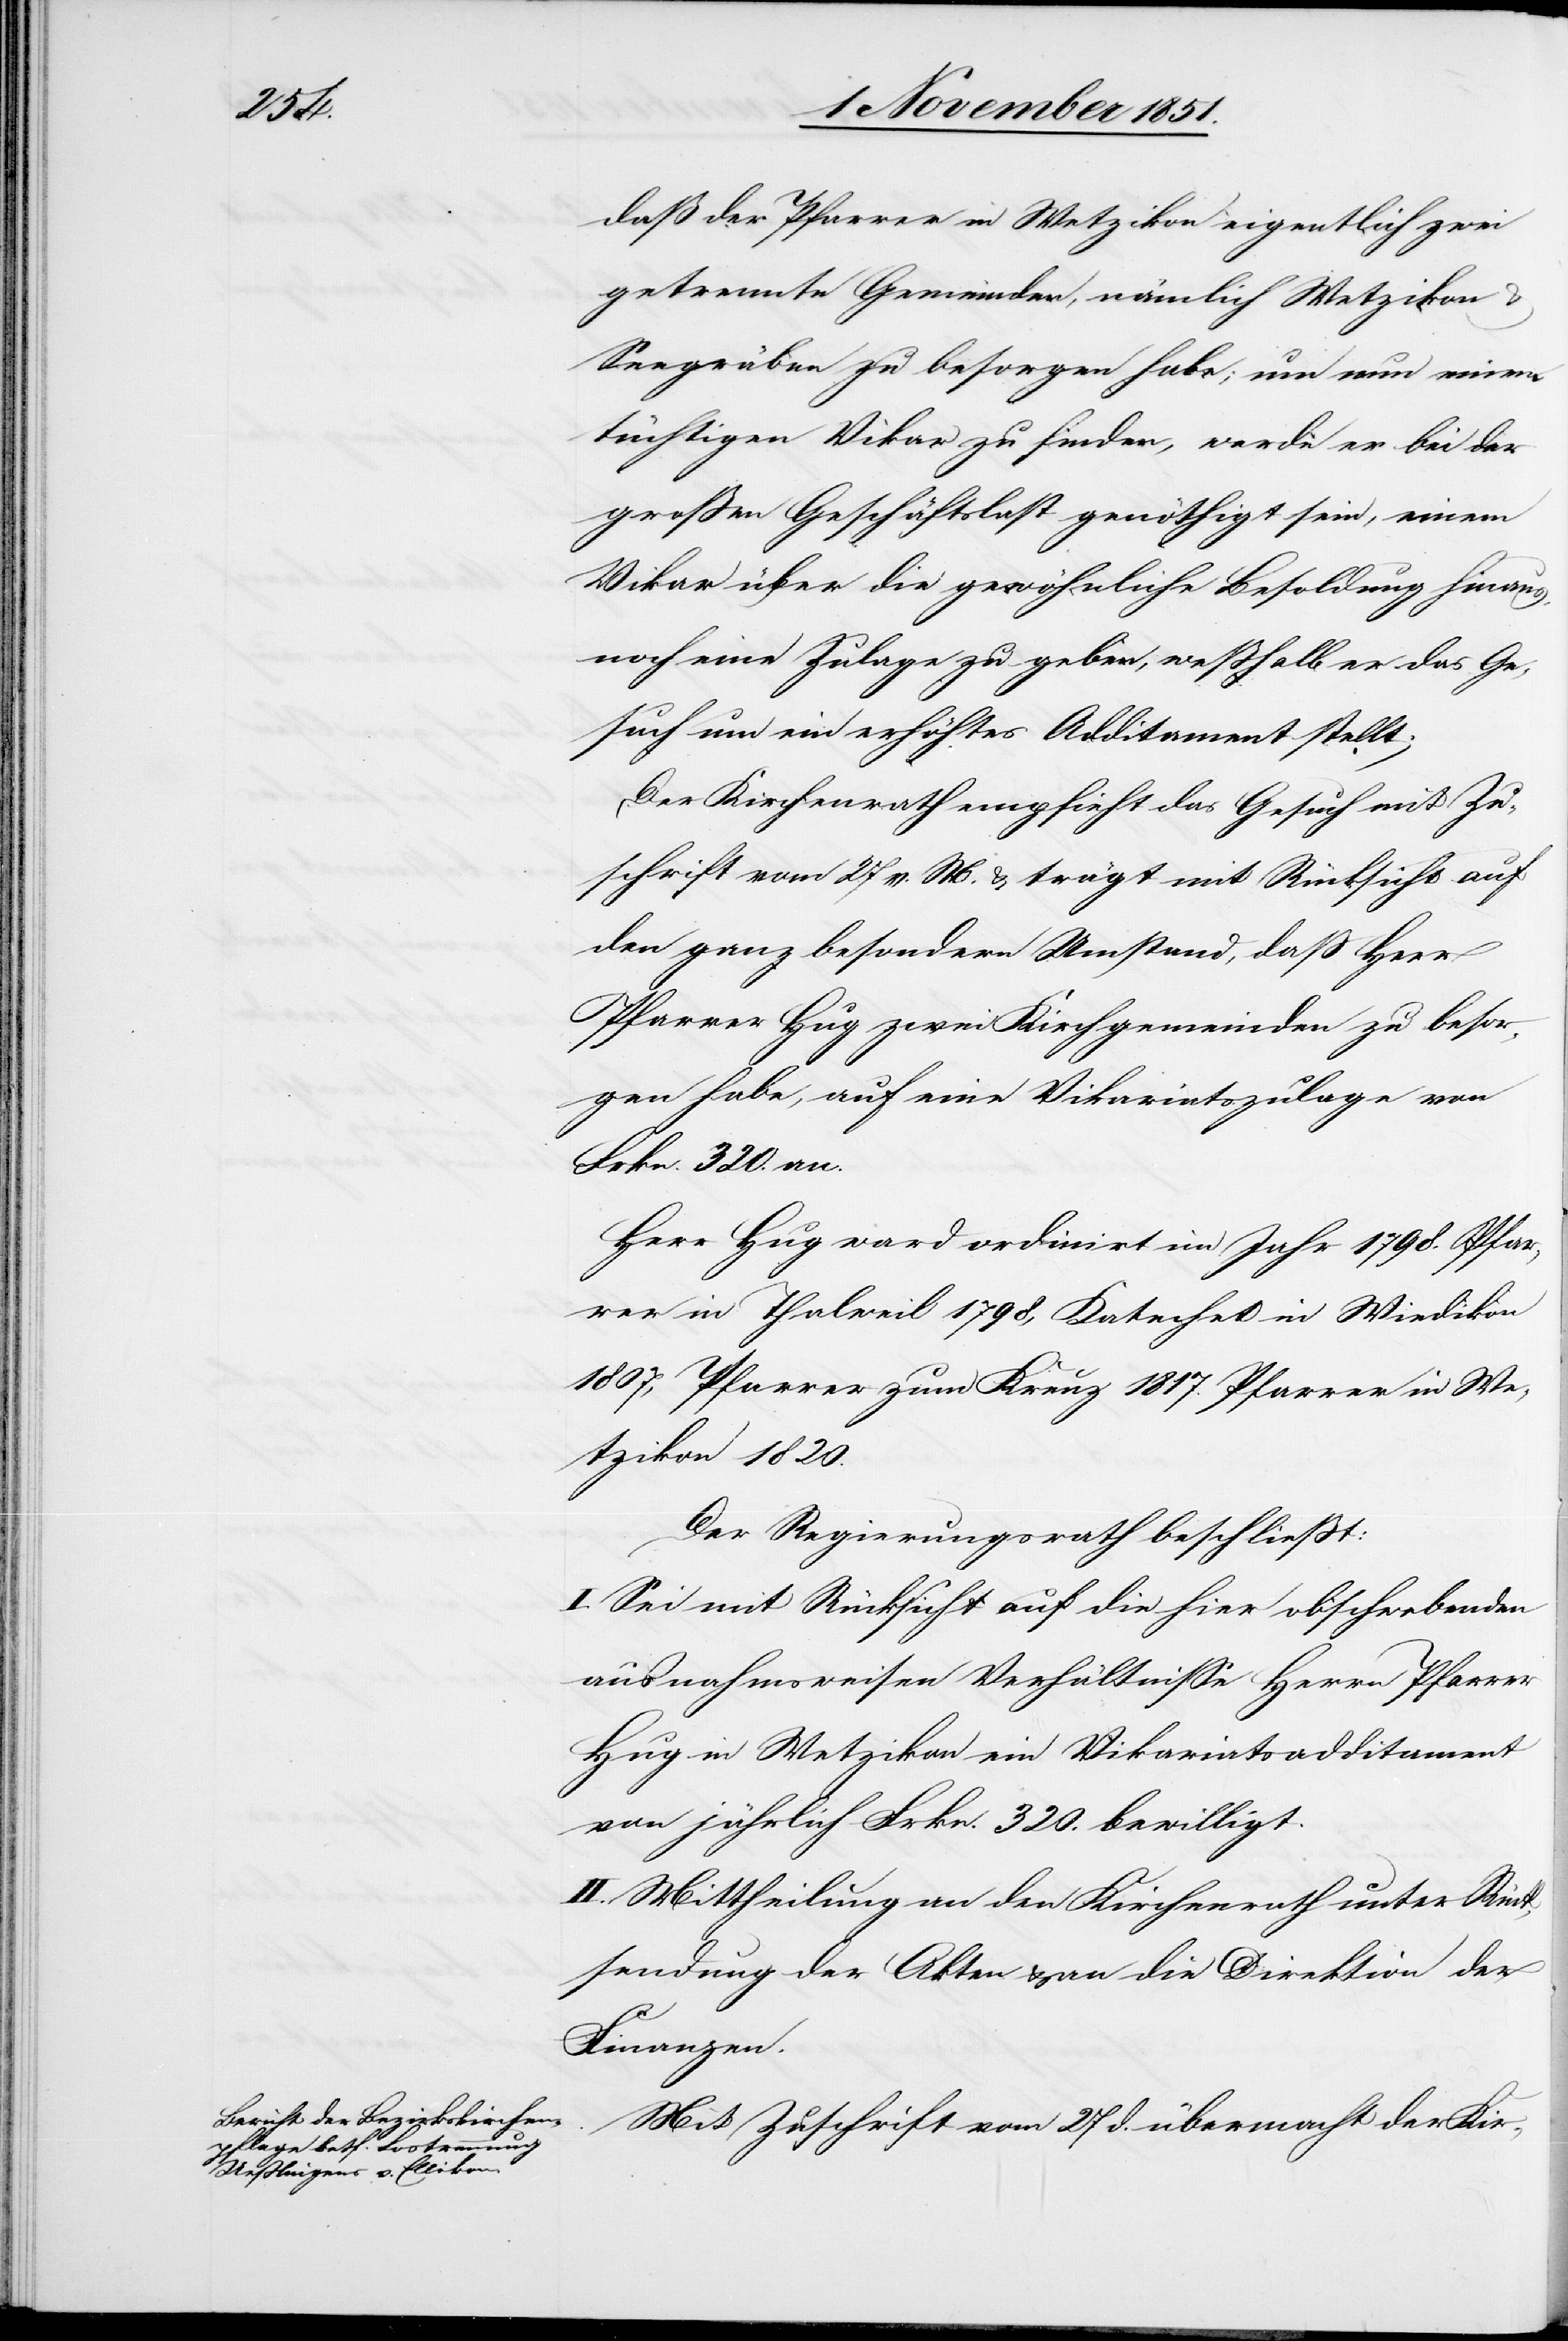
daß der Pfarrer in Wetzikon eigentlich zwei
getrennte Gemeinden, nämlich Wetzikon
Seegräben zu besorgen habe; um nun einen
tüchtigen Vikar zu finden, werde er bei der
großen Geschäftslast genöthigt sein, einem
Vikar über die gewöhnliche Besoldung hinaus,
noch eine Zulage zu geben, weßhalb er das Ge¬
such um ein erhöhtes Additament stellt.
Der Kirchenrath empfieh[l]t das Gesuch mit Zu¬
schrift vom 27 v. M. & trägt mit Rücksicht auf
den ganz besondern Umstand, daß Herr
Pfarrer Hug zwei Kirchgemeinden zu besor¬
gen habe, auf eine Vikariatszulage von
Frkn. 320. an.
Herr Hug ward ordinirt im Jahr 1798. Pfar¬
rer in Thalweil 1798, Katechet in Wiedikon
1807, Pfarrer zum Kreuz 1817. Pfarrer in We¬
tzikon 1820.
Der Regierungsrath beschließt:
I. Sei mit Rücksicht auf die hier obschwebenden
ausnahmsweisen Verhältnisse Herrn Pfarrer
Hug in Wetzikon ein Vikariatsadditament
von jährlich Frkn. 320. bewilligt.
II. Mittheilung an den Kirchenrath unter Rück¬
sendung der Akten & an die Direktion der
Finanzen.
Mit Zuschrift vom 27 d. übermacht der Kir-